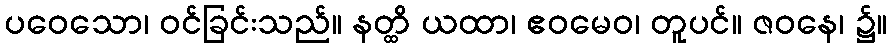
ပဝေသော၊ ဝင်ခြင်းသည်။ နတ္ထိ ယထာ၊ ဧဝမေဝ၊ တူပင်။ ဇဝနေ၊ ၌။